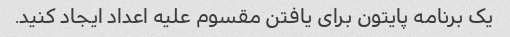
یک برنامه پایتون برای یافتن مقسوم علیه اعداد ایجاد کنید.